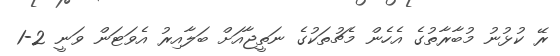
ރޭ ކުޅުނު މުބާރާތުގެ އެހެން މެޗުތަކުގެ ނަތީޖާއަށް ބަލާއިރު އެވަޓަން ވަނީ 2-1